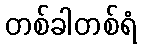
တစ်ခါတစ်ရံ